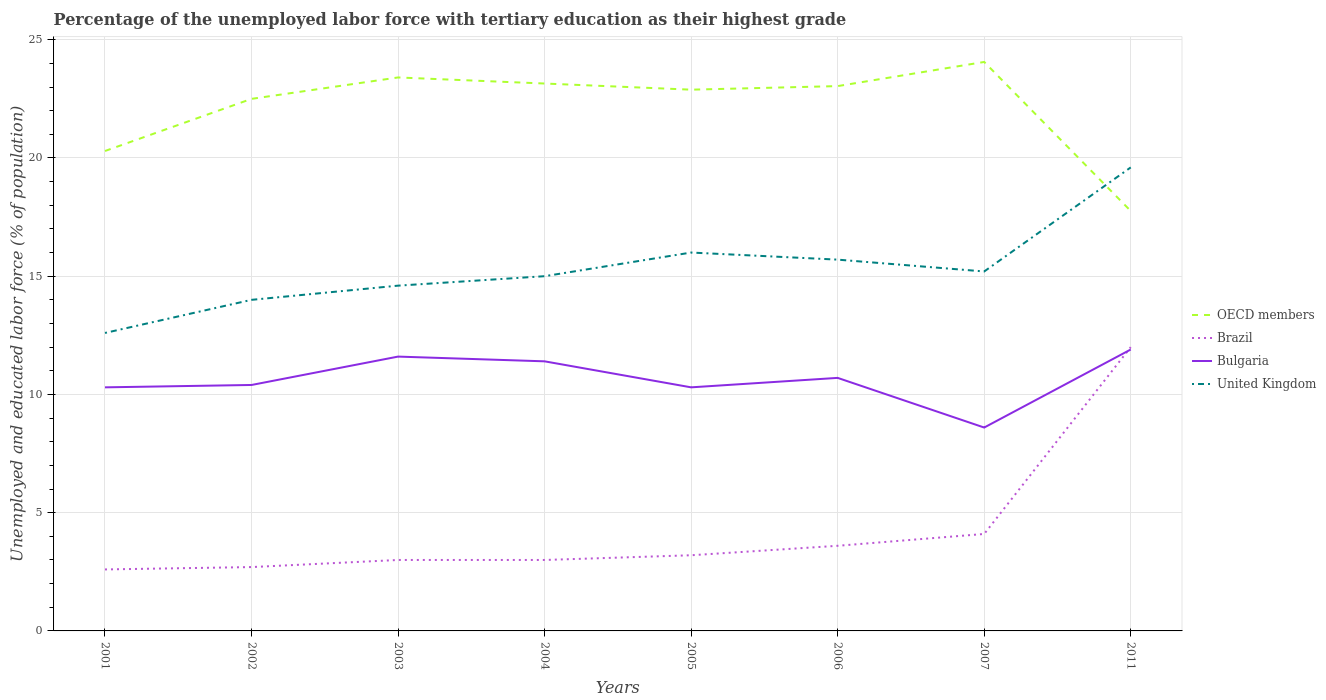
| Years | OECD members | Brazil | Bulgaria | United Kingdom |
 | --- | --- | --- | --- | --- |
 | 2001 | 20.3 | 2.6 | 10.3 | 12.6 |
 | 2002 | 22.5 | 2.7 | 10.4 | 14 |
 | 2003 | 23.4 | 3 | 11.6 | 14.6 |
 | 2004 | 23.1 | 3 | 11.4 | 15 |
 | 2005 | 22.9 | 3.2 | 10.3 | 16 |
 | 2006 | 23 | 3.6 | 10.7 | 15.7 |
 | 2007 | 24.1 | 4.1 | 8.6 | 15.2 |
 | 2011 | 17.8 | 12 | 11.9 | 19.6 |